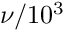
\nu / 1 0 ^ { 3 }